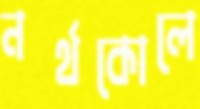
নর্থকোলে